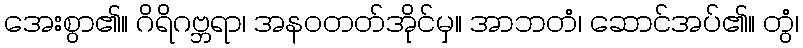
အေးစွာ၏။ ဂိရိဂဗ္ဘရာ၊ အနဝတတ်အိုင်မှ။ အာဘတံ၊ ဆောင်အပ်၏။ တွံ၊